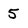
Character: 5